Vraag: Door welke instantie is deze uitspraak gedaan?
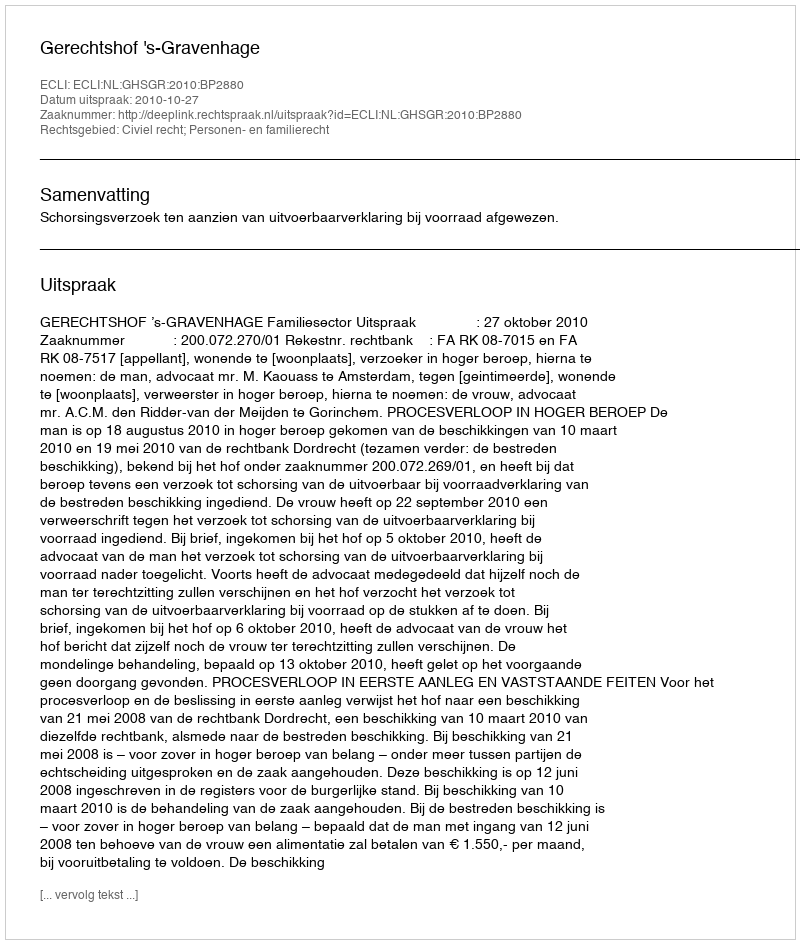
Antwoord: Gerechtshof 's-Gravenhage